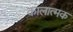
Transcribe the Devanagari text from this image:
कालात्मक